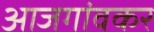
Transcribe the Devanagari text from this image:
आजगांवकर